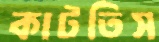
কাটতিস